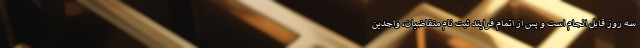
سه روز قابل انجام است و پس از اتمام فرایند ثبت نام متقاضیان، واجدین